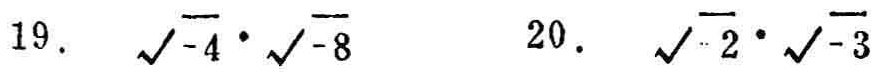
19. $\sqrt{-4} \cdot \sqrt{-8}$  20. $\sqrt{-2} \cdot \sqrt{-3}$